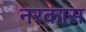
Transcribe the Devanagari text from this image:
नरकास